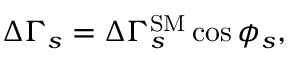
\Delta \Gamma _ { s } = \Delta \Gamma _ { s } ^ { \mathrm { S M } } \cos \phi _ { s } ,